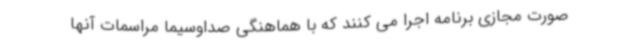
صورت مجازی برنامه اجرا می کنند که با هماهنگی صداوسیما مراسمات آنها